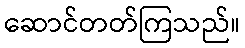
ဆောင်တတ်ကြသည်။